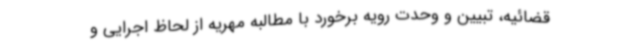
قضائیه، تبیین و وحدت رویه برخورد با مطالبه مهریه از لحاظ اجرایی و